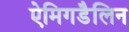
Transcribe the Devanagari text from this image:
ऐमिगडैलिन